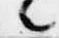
々